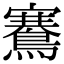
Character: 鶱